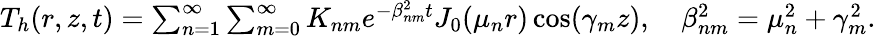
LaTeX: \begin{array}{r}{T_{h}(r,z,t)=\sum_{n=1}^{\infty}\sum_{m=0}^{\infty}K_{nm}e^{-\beta_{nm}^{2}t}J_{0}(\mu_{n}r)\cos(\gamma_{m}z),\quad\beta_{nm}^{2}=\mu_{n}^{2}+\gamma_{m}^{2}.}\end{array}